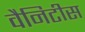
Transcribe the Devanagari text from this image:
वैनिटीस